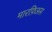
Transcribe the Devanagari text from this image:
मारफ़िअस